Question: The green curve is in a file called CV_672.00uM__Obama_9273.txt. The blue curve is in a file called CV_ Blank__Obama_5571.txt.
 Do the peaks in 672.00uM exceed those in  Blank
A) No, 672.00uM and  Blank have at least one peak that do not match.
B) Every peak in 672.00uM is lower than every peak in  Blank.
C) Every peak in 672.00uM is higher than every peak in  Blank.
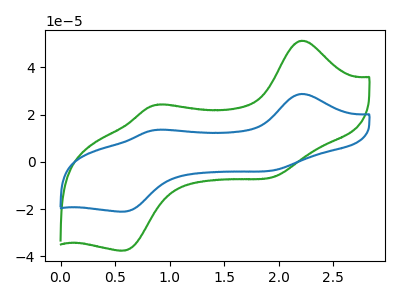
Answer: <think>The green curve "672.00uM" has anodic peaks at (2.20V, 51.25uA) (0.90V, 24.25uA) and cathodic peaks at (1.95V, -6.05uA) (0.60V, -37.45uA). The blue curve " Blank" has anodic peaks at (2.20V, 28.75uA) (0.90V, 13.60uA) and cathodic peaks at (1.95V, -3.40uA) (0.60V, -21.00uA).</think>
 <answer>C) Every peak in "672.00uM" is higher than every peak in " Blank".</answer>
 <eval>C</eval>